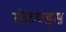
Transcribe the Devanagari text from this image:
सेकण्ड्स